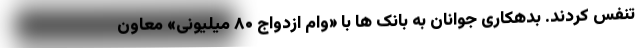
تنفس کردند. بدهکاری جوانان به بانک ها با «وام ازدواج ۸۰ میلیونی» معاون